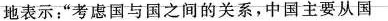
地表示：”考虑国与国之间的关系，中国主要从国